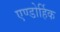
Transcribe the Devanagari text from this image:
एण्डोर्हिक